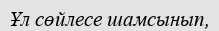
Ұл сөйлесе шамсынып,